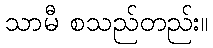
သာမီ စသည်တည်း။